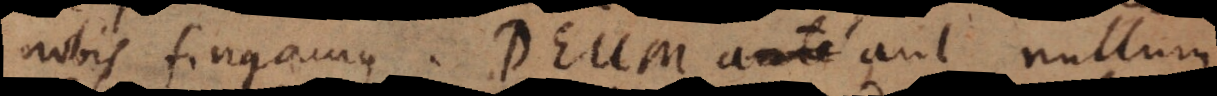
nobis fingamus. Deum aut nullum